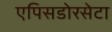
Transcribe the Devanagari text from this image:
एपिसडोरसेटा